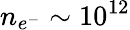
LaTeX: n_{e^{-}}\sim 10^{12}